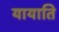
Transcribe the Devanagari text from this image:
यायाति